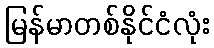
မြန်မာတစ်နိုင်ငံလုံး